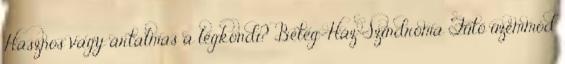
Hasznos vagy ártalmas a légkondi? Beteg-Ház Szindróma Fűtő üzemmód